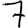
Digit: 7